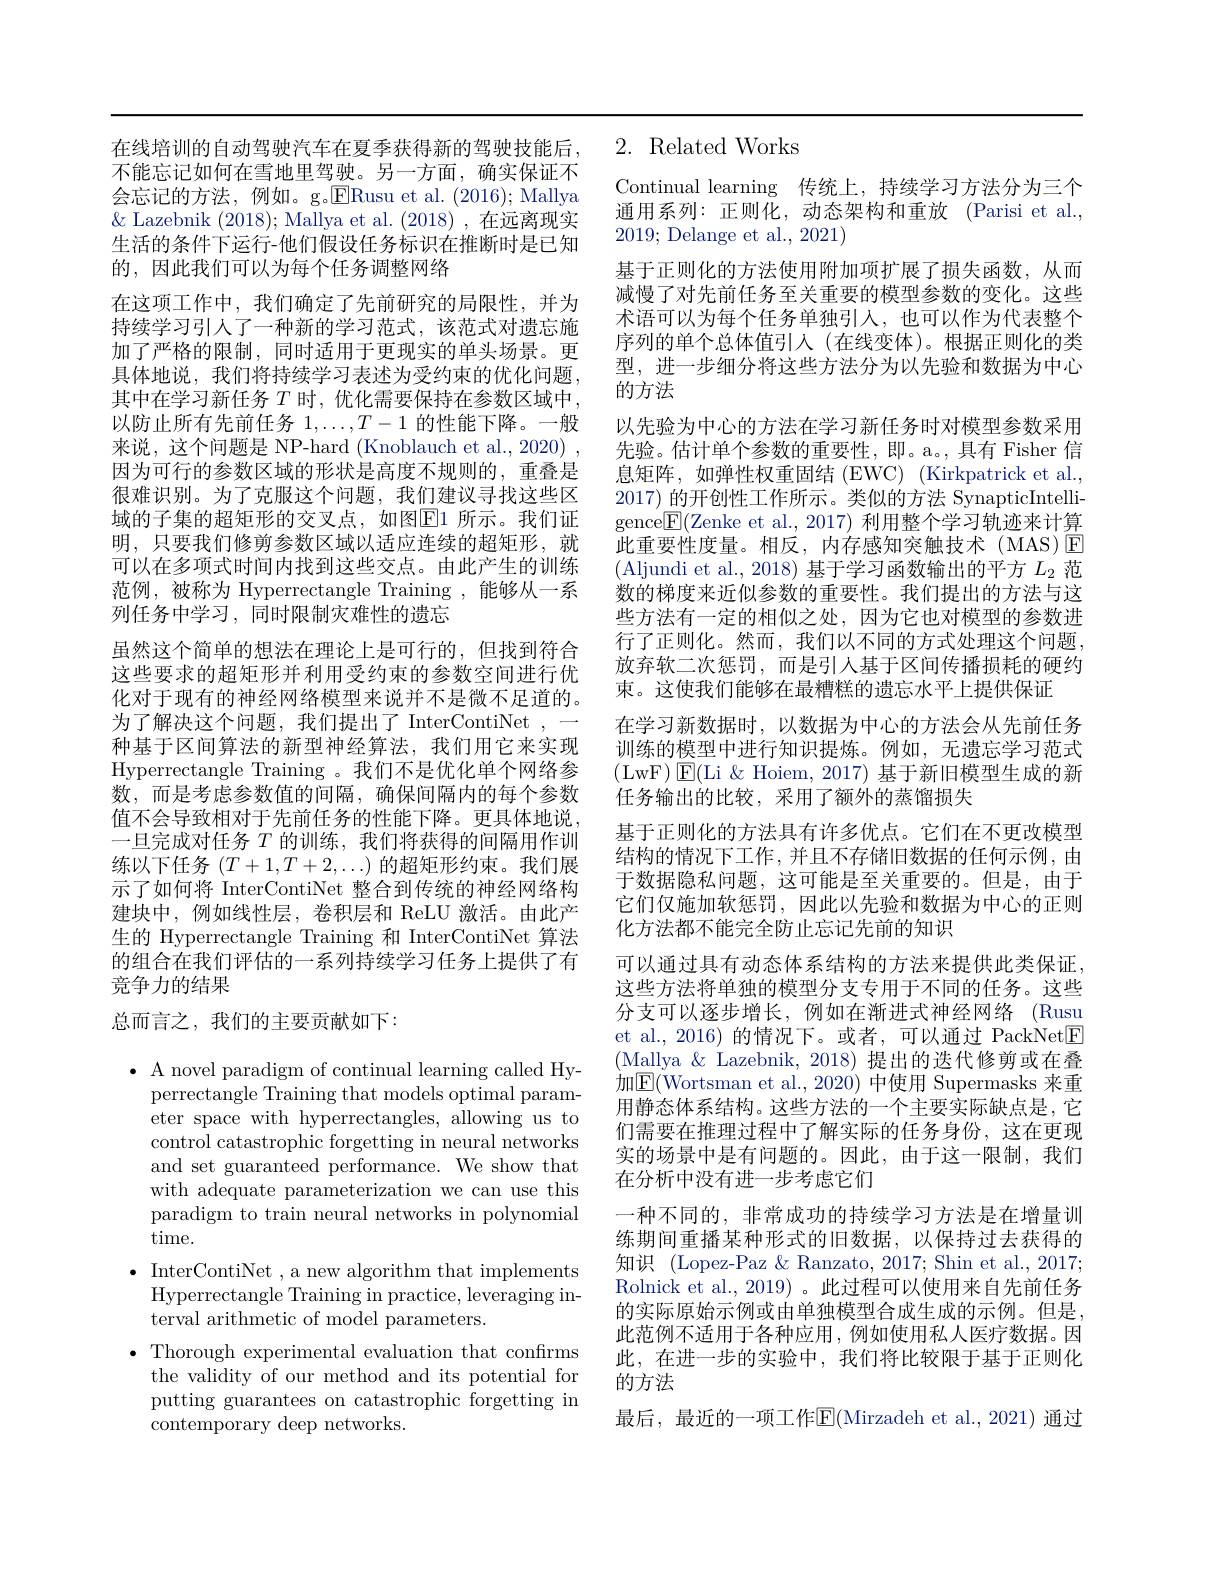
在线培训的自动驾驶汽车在夏季获得新的驾驶技能后， 不能忘记如何在雪地里驾驶。另一方面，确实保证不会忘记的方法，例如。g.ERusu et al. (2016);Mallya $\&$ Lazebnik (2018); Mallya et al. (2018),在远离现实生活的条件下运行-他们假设任务标识在推断时是已知的，因此我们可以为每个任务调整网络
在这项工作中，我们确定了先前研究的局限性，并为持续学习引人了一种新的学习范式，该范式对遗忘施加了严格的限制，同时适用于更现实的单头场景。更具体地说，我们将持续学习表述为受约束的优化问题， 其中在学习新任务$T$ 时，优化需要保持在参数区域中， 以防止所有先前任务$1,\ldots,T-1$的性能下降。一般来说，这个问题是 NP-hard (Knoblauch et al., 2020) , 因为可行的参数区域的形状是高度不规则的，重叠是很难识别。为了克服这个问题，我们建议寻找这些区域的子集的超矩形的交叉点，如图$\boxed{\mathrm{F}}1$ 所示。我们证明，只要我们修剪参数区域以适应连续的超矩形，就可以在多项式时间内找到这些交点。由此产生的训练范例，被称为 Hyperrectangle Training ,能够从一系列任务中学习，同时限制灾难性的遗忘
虽然这个简单的想法在理论上是可行的，但找到符合这些要求的超矩形并利用受约束的参数空间进行优化对于现有的神经网络模型来说并不是微不足道的。为了解决这个问题，我们提出了 InterContiNet ,- 种基于区间算法的新型神经算法，我们用它来实现Hyperrectangle Training 。我们不是优化单个网络参数，而是考虑参数值的间隔，确保问隔内的每个参数值不会导致相对于先前任务的性能下降。更具体地说， 一旦完成对任务$T$的训练，我们将获得的间隔用作训练以下任务$(T+1,T+2,\ldots)$的超矩形约束。我们展示了如何将 InterContiNet 整合到传统的神经网络构建块中，例如线性层，卷积层和 ReLU 激活。由此产生的 Hyperrectangle Training 和 InterContiNet 算法的组合在我们评估的一系列持续学习任务上提供了有竞争力的结果
总而言之，我们的主要贡献如下：

$\bullet$ A novel paradigm of continual learning called Hy-
perrectangle Training that models optimal parameter space with hyperrectangles, allowing us to control catastrophic forgetting in neural networks and set guaranteed performance. We show that with adequate parameterization we can use this paradigm to train neural networks in polynomial time.
$\bullet$ InterContiNet , a new algorithm that implements
Hyperrectangle Training in practice, leveraging in-
terval arithmetic of model parameters.
$\bullet$ Thorough experimental evaluation that confirms
the validity of our method and its potential for putting guarantees on catastrophic forgetting in contemporary deep networks.

## 2. Related Works

Continual learning 传统上，持续学习方法分为三个通用系列：正则化，动态架构和重放(Parisi et al., 2019; Delange et al., 2021)
基于正则化的方法使用附加项扩展了损失函数，从而减慢了对先前任务至关重要的模型参数的变化。这些术语可以为每个任务单独引入，也可以作为代表整个序列的单个总体值引入(在线变体)。根据正则化的类型，进一步细分将这些方法分为以先验和数据为中心的方法
以先验为中心的方法在学习新任务时对模型参数采用先验。估计单个参数的重要性，即。a。,具有 Fisher 信息矩阵，如弹性权重固结(EWC)(Kirkpatrick et al., 2017) 的开创性工作所示。类似的方法 SynapticIntelligence$\boxed{\mathrm{F}}($Zenke et al., 2017) 利用整个学习轨迹来计算此重要性度量。相反，内存感知突触技术(MAS)E (Aljundi et al., 2018) 基于学习函数输出的平方$L_2$范数的梯度来近似参数的重要性。我们提出的方法与这些方法有一定的相似之处，因为它也对模型的参数进行了正则化。然而，我们以不同的方式处理这个问题， 放弃软二次惩罚，而是引入基于区间传播损耗的硬约束。这使我们能够在最糟糕的遗忘水平上提供保证
在学习新数据时，以数据为中心的方法会从先前任务训练的模型中进行知识提炼。例如，无遗忘学习范式(LwF)$\boxed{\mathrm{E}}($Li &Hoiem, 2017) 基于新旧模型生成的新任务输出的比较，采用了额外的蒸馏损失
基于正则化的方法具有许多优点。它们在不更改模型结构的情况下工作，并且不存储旧数据的任何示例，由于数据隐私问题，这可能是至关重要的。但是，由于它们仅施加软惩罚，因此以先验和数据为中心的正则化方法都不能完全防止忘记先前的知识
可以通过具有动态体系结构的方法来提供此类保证， 这些方法将单独的模型分支专用于不同的任务。这些分支可以逐步增长，例如在渐进式神经网络(Rusu et al., 2016) 的情况下。或者，可以通过 PackNet$\boxed{\mathrm{F}}$ (Mallya & Lazebnik, 2018) 提出的迭代修剪或在叠加$\boxed{\mathrm{E}}($Wortsman et al., 2020) 中使用 Supermasks 来重用静态体系结构。这些方法的一个主要实际缺点是，它们需要在推理过程中了解实际的任务身份，这在更现实的场景中是有问题的。因此，由于这一限制，我们在分析中没有进一步考虑它们
一种不同的，非常成功的持续学习方法是在增量训练期间重播某种形式的旧数据，以保持过去获得的知识 (Lopez-Paz &Ranzato, 2017; Shin et al., 2017; Rolnick et al., 2019) 。此过程可以使用来自先前任务的实际原始示例或由单独模型合成生成的示例。但是， 此范例不适用于各种应用，例如使用私人医疗数据。因此，在进一步的实验中，我们将比较限于基于正则化的方法
最后，最近的一项工作E(Mirzadeh et al.,2021) 通过